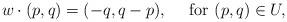
LaTeX: \begin{align*}w \cdot (p,q) = (-q, q-p), \quad\mbox{ for }(p,q) \in U,\end{align*}